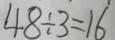
4 8 \div 3 = 1 6